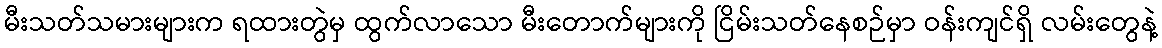
မီးသတ်သမားများက ရထားတွဲမှ ထွက်လာသော မီးတောက်များကို ငြိမ်းသတ်နေစဉ်မှာ ဝန်းကျင်ရှိ လမ်းတွေနဲ့